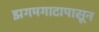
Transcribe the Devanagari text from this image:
झगमगाटापासून